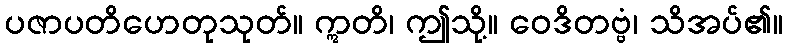
ပဇာပတိဟေတုသုတ်။ ဣတိ၊ ဤသို့။ ဝေဒိတဗ္ဗံ၊ သိအပ်၏။